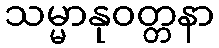
သမ္မာနုဝတ္တနာ